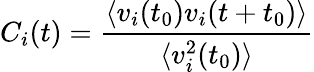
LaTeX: {C_{i}(t)=\frac{\langle v_{i}(t_{0})v_{i}(t+t_{0})\rangle}{\langle v_{i}^{2}(t_{0})\rangle}}